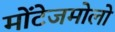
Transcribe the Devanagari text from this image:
मोंटेजमोलो